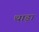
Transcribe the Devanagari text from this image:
थाड़ा